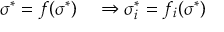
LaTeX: \begin{array} { r l } { \sigma ^ { * } = f ( \sigma ^ { * } ) } & { { } \Rightarrow \sigma _ { i } ^ { * } = f _ { i } ( \sigma ^ { * } ) } \end{array}